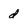
Character: d